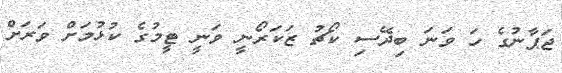
ޖަޕާނުގެ ހަ ވަނަ ބިދޭސި ކޯޗު ޒަކަރޯނީ ވަނީ ޓީމުގެ ކުޅުމަށް ވަރަށް